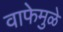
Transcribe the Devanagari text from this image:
वाफेमुळे